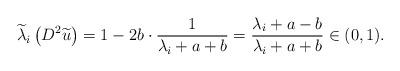
LaTeX: \begin{align*}\widetilde{\lambda}_{i}\left(D^{2} \widetilde{u}\right)=1-2 b \cdot \frac{1}{\lambda_{i}+a+b}=\frac{\lambda_{i}+a-b}{\lambda_{i}+a+b}\in (0,1).\end{align*}